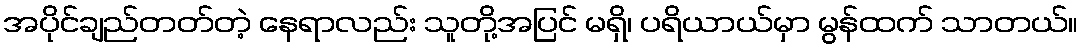
အပိုင်ချည်တတ်တဲ့ နေရာလည်း သူတို့အပြင် မရှိ၊ ပရိယာယ်မှာ မွန်ထက် သာတယ်။